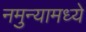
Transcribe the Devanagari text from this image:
नमुन्यामध्ये